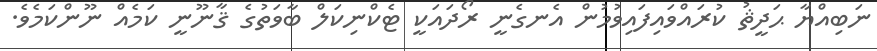
ނަބިއްޔާ ޙަދީޘު ކުރައްވައިފައިވުމުން އެނގެނީ ރޯދައަކީ ޓެކްނިކަލް ބާވަތުގެ ޤާނޫނީ ކަމެއް ނޫންކަމެވެ.